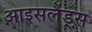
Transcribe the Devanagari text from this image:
आइसलैंड्स